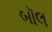
બૉલ